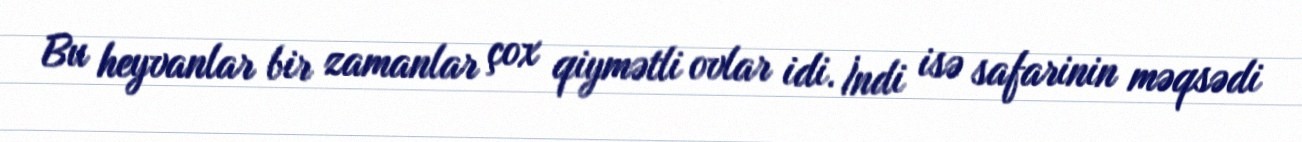
Bu heyvanlar bir zamanlar çox qiymətli ovlar idi. İndi isə safarinin məqsədi